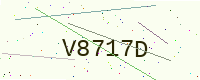
Text: V8717D